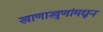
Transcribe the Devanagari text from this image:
खाणाखुणांमधून